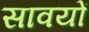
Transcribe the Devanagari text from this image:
सावयों